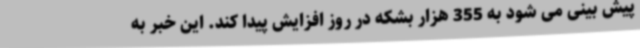
پیش بینی می شود به 355 هزار بشکه در روز افزایش پیدا کند. این خبر به